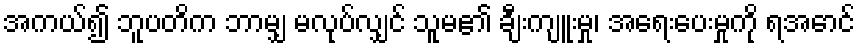
အကယ်၍ ဘူပတိက ဘာမျှ မလုပ်လျှင် သူမ၏ ချီးကျူးမှု၊ အရေးပေးမှုကို ရအောင်